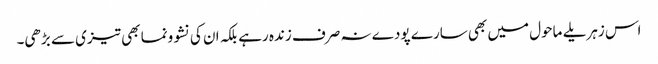
اس زہریلے ماحول میں بھی سارے پودے نہ صرف زندہ رہے بلکہ ان کی نشوونما بھی تیزی سے بڑھی۔